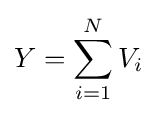
Y=\sum _{i=1}^{N}V_{i}